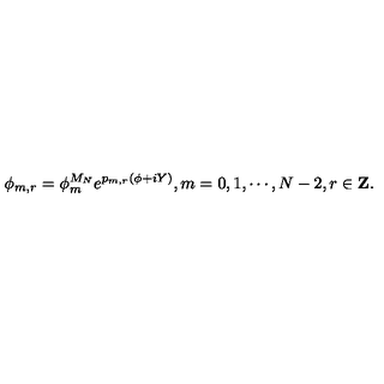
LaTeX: \phi _ { m , r } = \phi _ { m } ^ { M _ { N } } e ^ { p _ { m , r } ( \phi + i Y ) } , m = 0 , 1 , \cdots , N - 2 , r \in { \bf Z } .